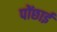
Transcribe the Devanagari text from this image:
पोंछाई